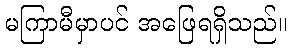
မကြာမီမှာပင် အဖြေရရှိသည်။